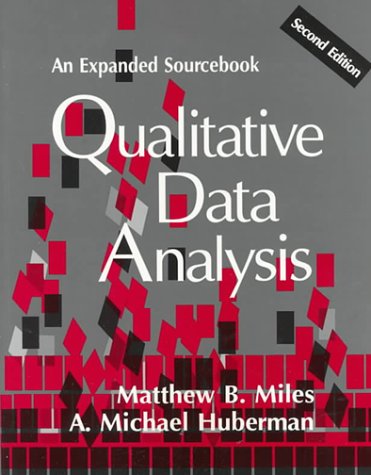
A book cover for Qualitative Data Analysis: An Expanded Sourcebook, 2nd Edition; Matthew B. Miles; Medical Books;